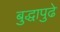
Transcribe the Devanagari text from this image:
बुद्धापुढे